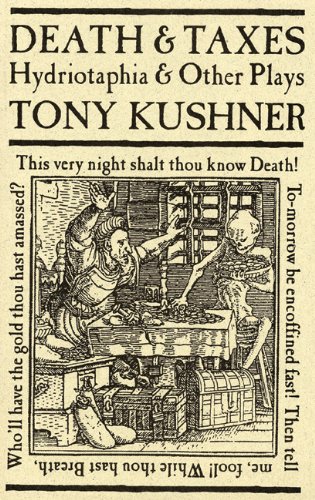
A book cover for Death and Taxes: Hydriotaphia and Other Plays; Tony Kushner; Literature & Fiction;